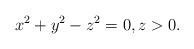
LaTeX: \begin{align*}x^2+y^2-z^2=0,z>0.\end{align*}